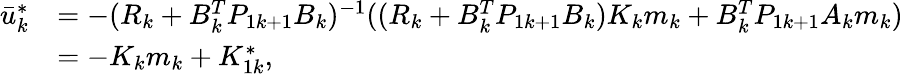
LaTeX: \begin{array}{rl}{\bar{u}_{k}^{\ast}}&{=-(R_{k}+B_{k}^{T}P_{1k+1}B_{k})^{-1}((R_{k}+B_{k}^{T}P_{1k+1}B_{k})K_{k}m_{k}+B_{k}^{T}P_{1k+1}A_{k}m_{k})}\\ &{=-K_{k}m_{k}+K_{1k}^{\ast},}\end{array}